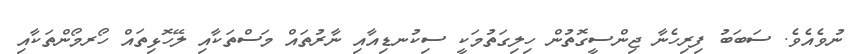
ނުވެއެވެ. ސަބަބު ފިރިހެނާ ޖިންސީގޮތުން ހިލިގަތުމަކީ ސިކުނޑިއާއި ނާރުތައް މަސްތަކާއި ލޭހޮޅިތައް ހޯރމޯންތަކާއި